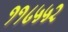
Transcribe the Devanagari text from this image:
११८५५२